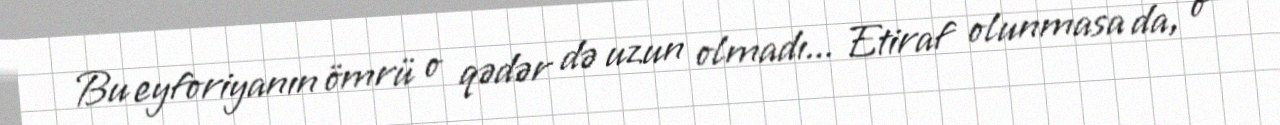
Bu eyforiyanın ömrü o qədər də uzun olmadı... Etiraf olunmasa da, o